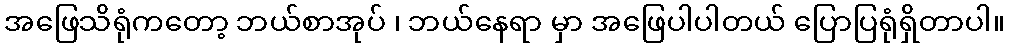
အဖြေသိရုံကတော့ ဘယ်စာအုပ် ၊ ဘယ်နေရာ မှာ အဖြေပါပါတယ် ပြောပြရုံရှိတာပါ။